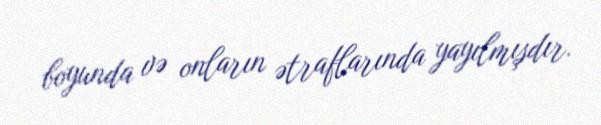
boyunda və onların ətraflarında yayılmışdır.